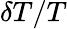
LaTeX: \delta T/T